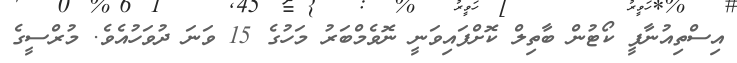
އިސްތިއުނާފީ ކޯޓުން ބާތިލް ކޮށްފައިވަނީ ނޮވެމްބަރު މަހުގެ 15 ވަނަ ދުވަހުއެވެ. މުރްސީގެ